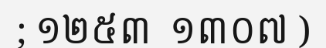
; ១២៥៣  ១៣០៧ )